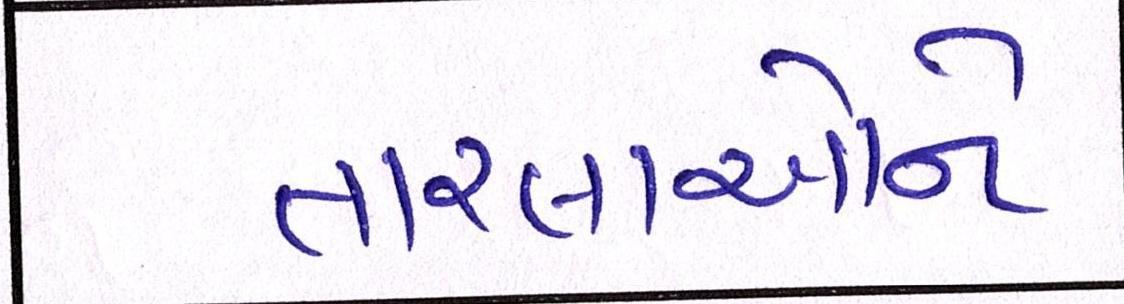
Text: તારલાઓને